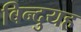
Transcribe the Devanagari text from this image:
बिन्दुयह